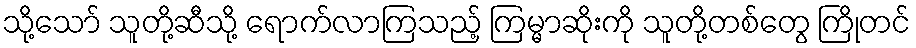
သို့သော် သူတို့ဆီသို့ ရောက်လာကြသည့် ကြမ္မာဆိုးကို သူတို့တစ်တွေ ကြိုတင်